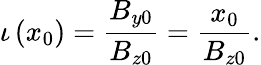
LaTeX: \iota\left(x_{0}\right)=\frac{B_{y0}}{B_{z0}}=\frac{x_{0}}{B_{z0}}.